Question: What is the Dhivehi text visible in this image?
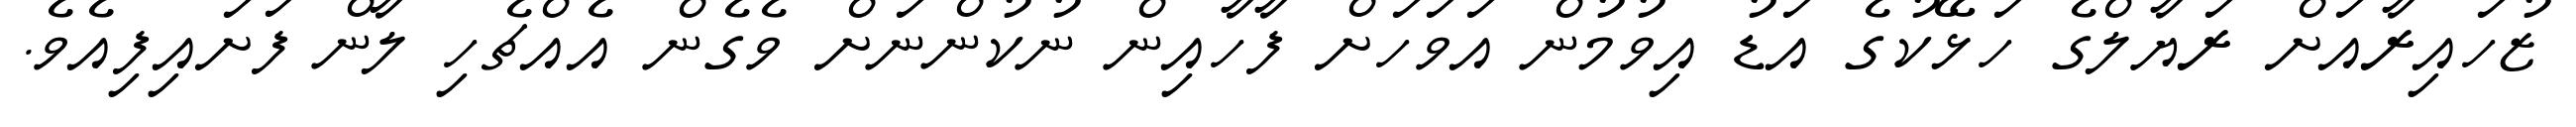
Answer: ޒުހައިރާއަށް ރަޔާލްގެ ހަޅޭކުގެ އަޑު އިވުމުން އަވަހަށް ފާހާއިން ނުކުންނަށް ވެގެން އެއްޗެހި ލާން ފަށައިފިއެވެ.